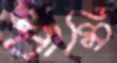
ধামি